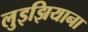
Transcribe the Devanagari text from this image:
लुइझियाना